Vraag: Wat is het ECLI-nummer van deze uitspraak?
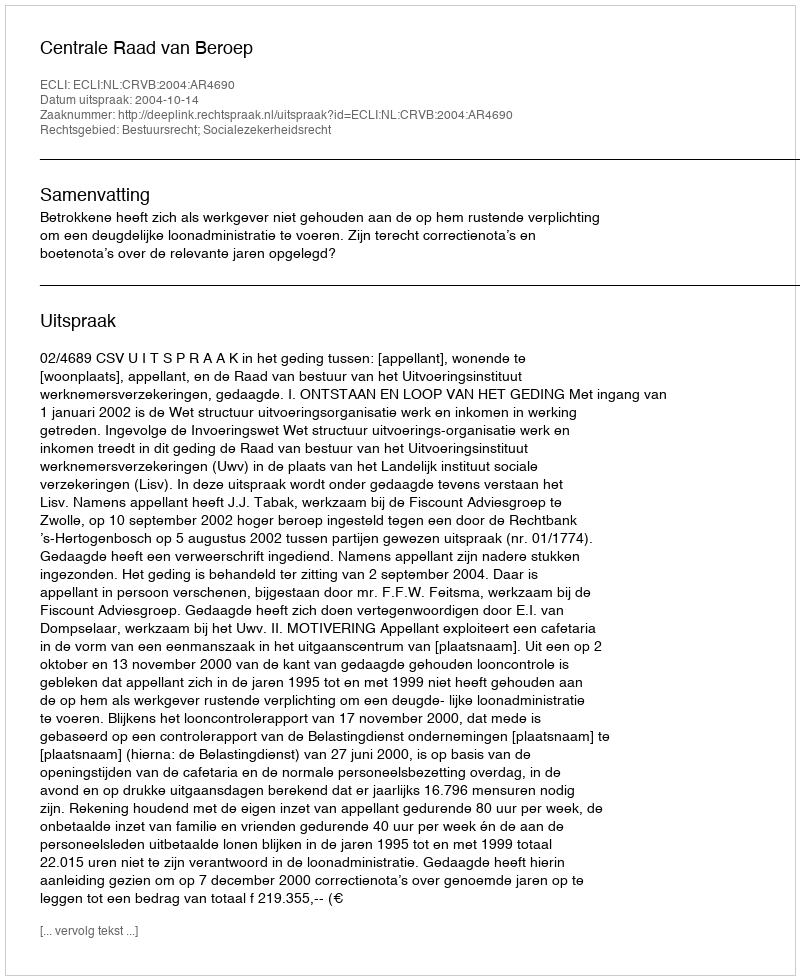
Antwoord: ECLI:NL:CRVB:2004:AR4690